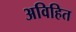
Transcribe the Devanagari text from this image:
अविहित